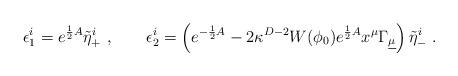
LaTeX: \begin{align*}\epsilon^i_1 = e^{{1\over 2} A}\tilde \eta^i_+\ , \qquad \epsilon_2^i = \left(e^{- {1\over 2} A}-2\kappa^{D-2}W(\phi_0)e^{{1\over 2} A} x^\mu\Gamma_{\underline\mu} \right)\tilde \eta^i_- \ .\end{align*}